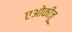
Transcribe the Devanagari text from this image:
एओकीज़ू